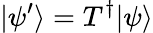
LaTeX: \vert\psi^{\prime}\rangle=T^{\dagger}\vert\psi\rangle